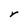
Character: r